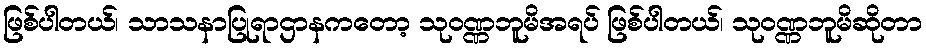
ဖြစ်ပါတယ်၊ သာသနာပြုရာဌာနကတော့ သုဝဏ္ဏဘူမိအရပ် ဖြစ်ပါတယ်၊ သုဝဏ္ဏဘူမိဆိုတာ